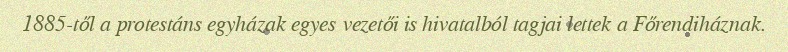
1885-től a protestáns egyházak egyes vezetői is hivatalból tagjai lettek a Főrendiháznak.